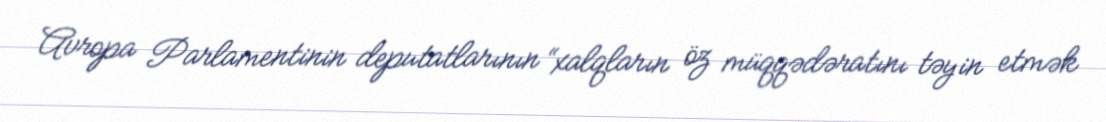
Avropa Parlamentinin deputatlarının “xalqların öz müqqədəratını təyin etmək